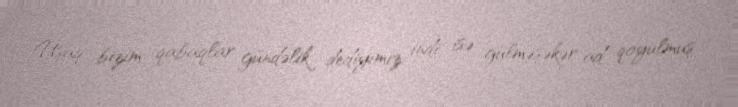
Uşaq bizim qabaqlar gündəlik dediyimiz, indi isə gülməşəkər ad qoyulmuş